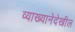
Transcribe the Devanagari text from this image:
व्याख्यानेदेखील